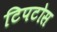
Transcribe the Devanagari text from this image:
टिपटोस